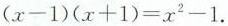
$$( x - 1 ) ( x + 1 ) = x ^ { 2 } - 1$$ .